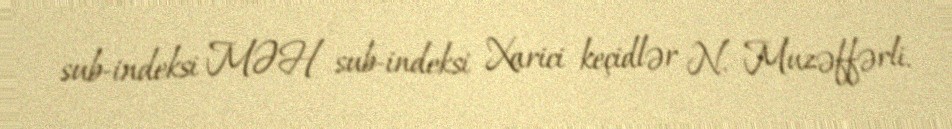
sub-indeksi MƏH sub-indeksi Xarici keçidlər N. Muzəffərli.